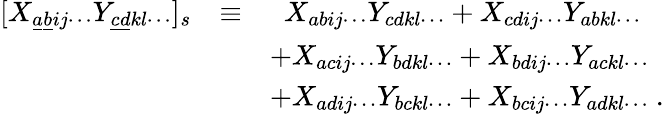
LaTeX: \begin{array}{lcl}{{[X_{\underline{{{a}}}\underline{{{b}}}ij\cdots}Y_{\underline{{{c}}}\underline{{{d}}}kl\cdots}]_{s}}}&{{\equiv}}&{{~~X_{abij\cdots}Y_{cdkl\cdots}+X_{cdij\cdots}Y_{abkl\cdots}}}\\ {{}}&{{}}&{{+X_{acij\cdots}Y_{bdkl\cdots}+X_{bdij\cdots}Y_{ackl\cdots}}}\\ {{}}&{{}}&{{+X_{adij\cdots}Y_{bckl\cdots}+X_{bcij\cdots}Y_{adkl\cdots}\ .}}\end{array}